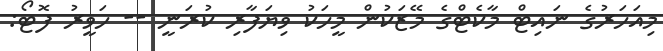
މިއަހަރުގެ ނައިޓް މާކެޓްގެ މޭޒަކުން މީހަކު ވިޔަފާރި ކުރަނީ -- ހަވީރު ފޮޓޯ: